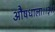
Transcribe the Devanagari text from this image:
औषधाला।।३।।